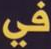
في